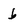
Character: b